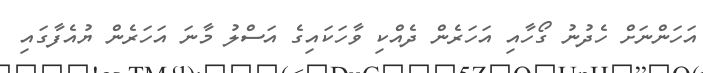
އަހަންނަށް ހެދުނު ގޯހާއި އަހަރެން ދެއްކި ވާހަކައިގެ އަސްލު މާނަ އަހަރެން ޔުއެފާގައި